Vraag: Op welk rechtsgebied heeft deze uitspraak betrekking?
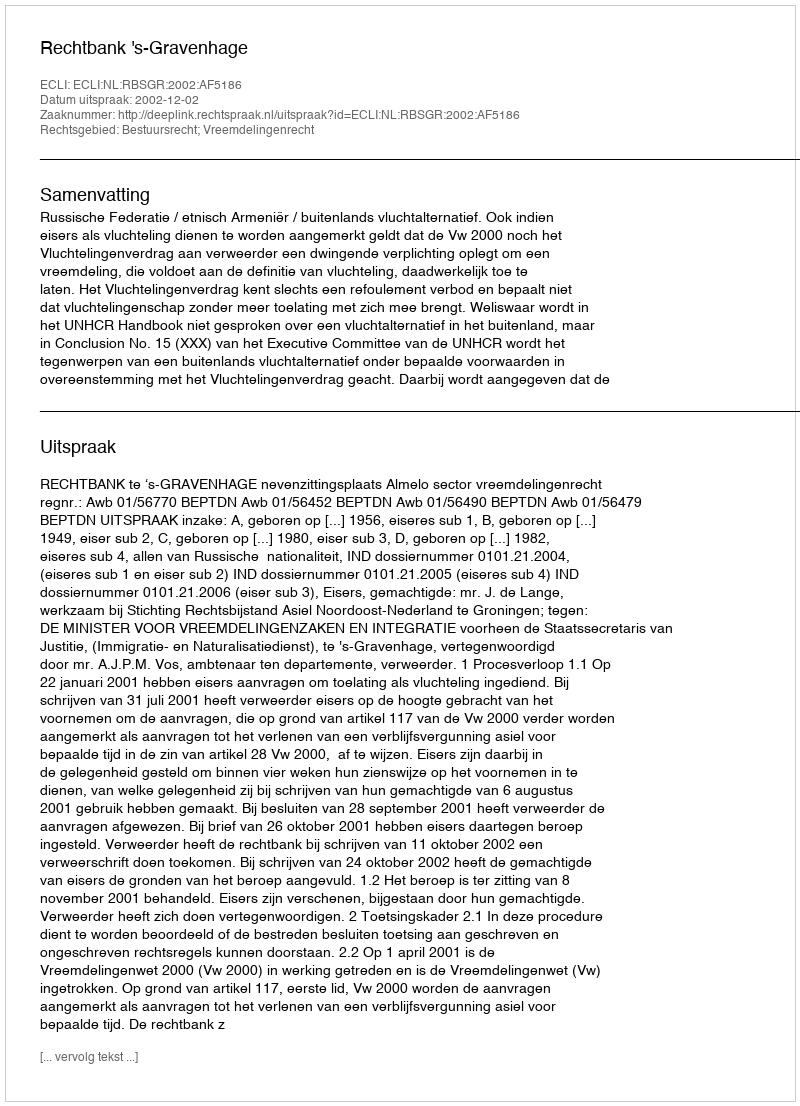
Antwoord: Bestuursrecht; Vreemdelingenrecht